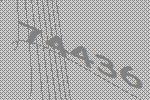
74436